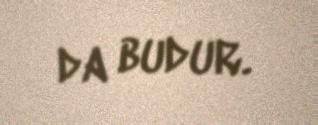
da budur.